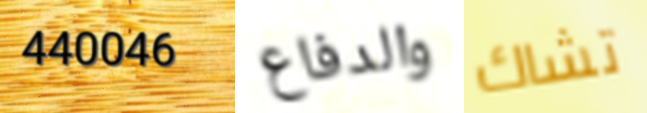
440046 والدفاع تشاك